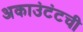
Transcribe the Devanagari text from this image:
अकाउंटंटची